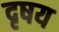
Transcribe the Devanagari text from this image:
दृषय